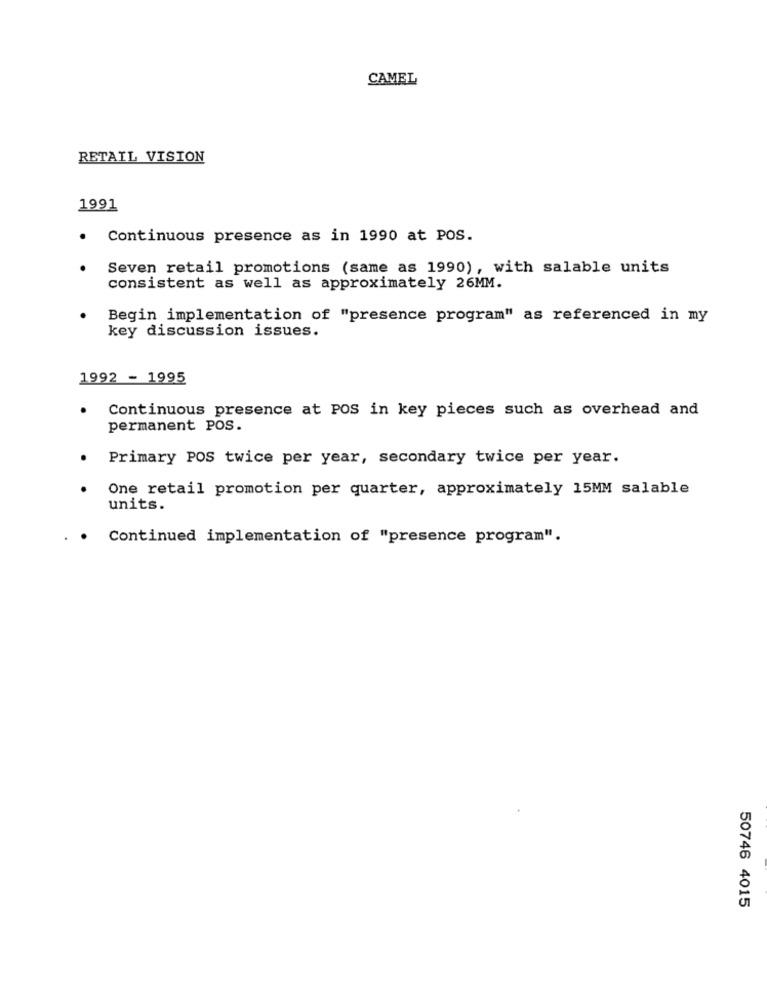
CAMEL
RETAIL VISION
1991
.
Continuous presence as in 1990 at POS.
Seven retail promotions (same as 1990), with salable units
consistent as well as approximately 26MM.
Begin implementation of "presence program" as referenced in my
key discussion issues.
1992 - 1995
Continuous presence at POS in key pieces such as overhead and
permanent POS.
Primary POS twice per year, secondary twice per year.
One retail promotion per quarter, approximately 15MM salable
units.
Continued implementation of "presence program".
50746 4015